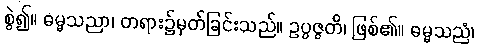
စွဲ၍။ ဓမ္မသညာ၊ တရား၌မှတ်ခြင်းသည်။ ဥပ္ပဇ္ဇတိ၊ ဖြစ်၏။ ဓမ္မသညံ၊